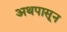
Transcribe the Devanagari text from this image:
अथपासून